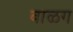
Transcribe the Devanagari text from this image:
बाळग